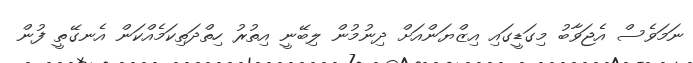
ނަމަވެސް އެޖަވާބު މިގަޑީގައި އިޒްޔަންއަށް ދިނުމުން ލިބޭނީ އިތުރު ހިތްދަތިކަމެއްކަން އެނގޭތީ ފުން